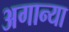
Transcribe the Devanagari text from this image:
अगान्या